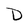
Character: D